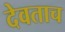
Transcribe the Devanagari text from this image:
देवताच